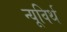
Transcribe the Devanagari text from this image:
न्यूविर्थ